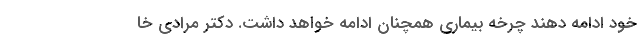
خود ادامه دهند چرخه بیماری همچنان ادامه خواهد داشت. دکتر مرادی خا